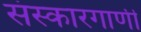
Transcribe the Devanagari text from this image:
संस्कारगाणी